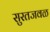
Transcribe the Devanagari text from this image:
सुरतजवळ